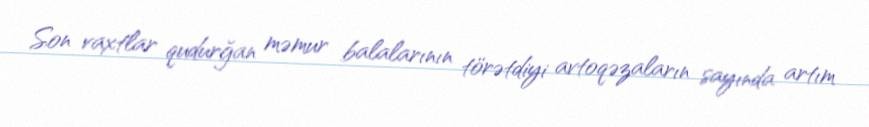
Son vaxtlar qudurğan məmur balalarının törətdiyi avtoqəzaların sayında artım